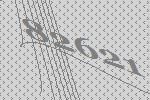
82621